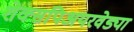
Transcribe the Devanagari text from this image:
शेक्सपिअयरवेड्या